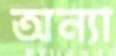
অন্যা